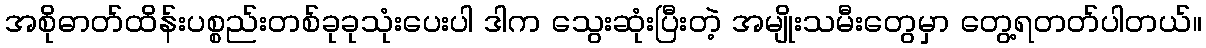
အစိုဓာတ်ထိန်းပစ္စည်းတစ်ခုခုသုံးပေးပါ ဒါက သွေးဆုံးပြီးတဲ့ အမျိုးသမီးတွေမှာ တွေ့ရတတ်ပါတယ်။